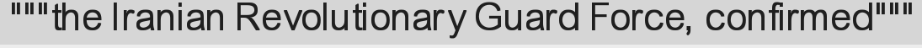
"""the Iranian Revolutionary Guard Force, confirmed"""